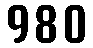
980